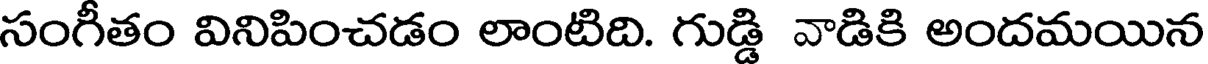
సంగీతం వినిపించడం లాంటిది. గుడ్డి వాడికి అందమయిన